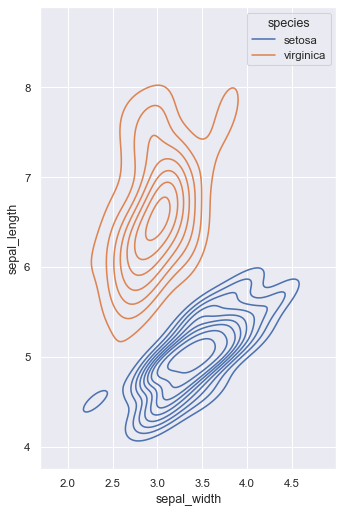
python, seaborn, kdeplot